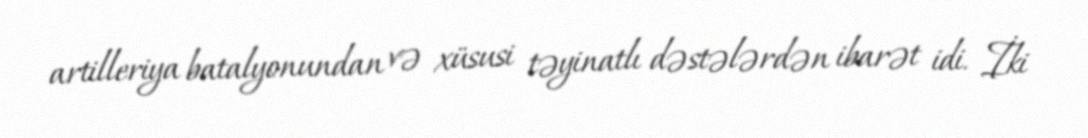
artilleriya batalyonundan və xüsusi təyinatlı dəstələrdən ibarət idi. İki